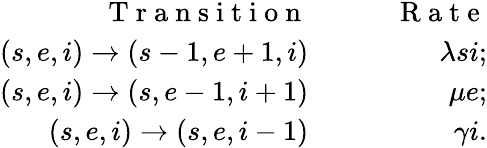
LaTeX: \begin{array}{rlr}{\mathrm{~T~r~a~n~s~i~t~i~o~n~}}&{{}\quad}&{\mathrm{~R~a~t~e~}}\\ {(s,e,i)\to(s-1,e+1,i)}&{{}\quad}&{\lambda si;}\\ {(s,e,i)\to(s,e-1,i+1)}&{{}\quad}&{\mu e;}\\ {(s,e,i)\to(s,e,i-1)}&{{}\quad}&{\gamma i.}\end{array}